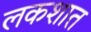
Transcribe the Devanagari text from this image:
लकशात